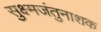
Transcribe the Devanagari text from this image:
सुक्ष्मजंतुनाशक